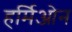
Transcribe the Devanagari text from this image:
हर्मिओन